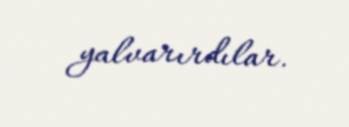
yalvarırdılar.